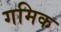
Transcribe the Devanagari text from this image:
गमिक